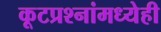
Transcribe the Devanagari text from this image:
कूटप्रश्नांमध्येही